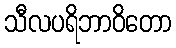
သီလပရိဘာဝိတော